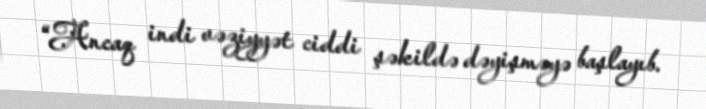
“Ancaq indi vəziyyət ciddi şəkildə dəyişməyə başlayıb.